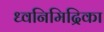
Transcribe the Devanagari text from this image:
ध्वनिमिद्रिका